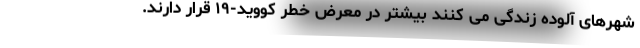
شهرهای آلوده زندگی می کنند بیشتر در معرض خطر کووید-۱۹ قرار دارند.